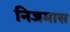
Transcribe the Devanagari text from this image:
निजमास